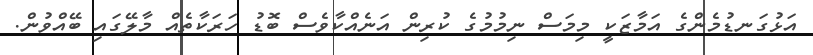
އަޅުގަނޑުމެންގެ އަމާޒަކީ މިމަސް ނިމުމުގެ ކުރިން އަނެއްކާވެސް ބޮޑު ހަރަކާތެއް މާލޭގައި ބޭއްވުން.